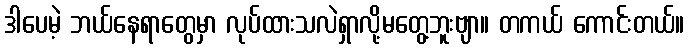
ဒါပေမဲ့ ဘယ်နေရာတွေမှာ လုပ်ထားသလဲရှာလို့မတွေ့ဘူးဗျာ။ တကယ် ကောင်းတယ်။